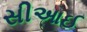
સીઆઈ